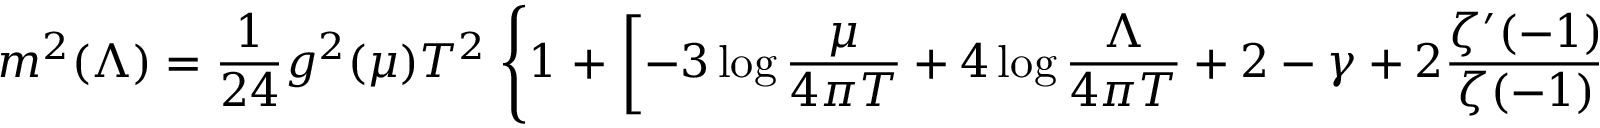
m ^ { 2 } ( \Lambda ) = { \frac { 1 } { 2 4 } } g ^ { 2 } ( \mu ) T ^ { 2 } \; \Bigg \{ 1 \; + \; \left[ - 3 \log { \frac { \mu } { 4 \pi T } } + 4 \log { \frac { \Lambda } { 4 \pi T } } + 2 - \gamma + 2 { \frac { \zeta ^ { \prime } ( - 1 ) } { \zeta ( - 1 ) } } \right] { \frac { g ^ { 2 } } { 1 6 \pi ^ { 2 } } } \Bigg \} ,